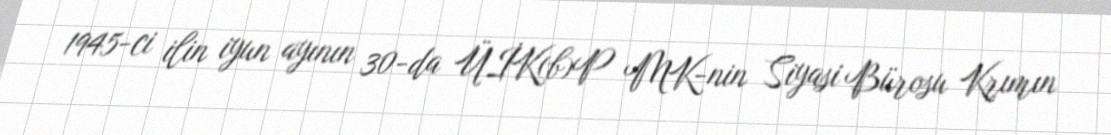
1945-ci ilin iyun ayının 30-da ÜİK(b)P MK-nin Siyasi Bürosu Krımın